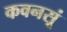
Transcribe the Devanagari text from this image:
कवनसूं